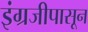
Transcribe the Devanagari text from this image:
इंग्रजीपासून